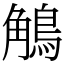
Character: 鵤